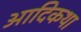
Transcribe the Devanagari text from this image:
आदिकथा